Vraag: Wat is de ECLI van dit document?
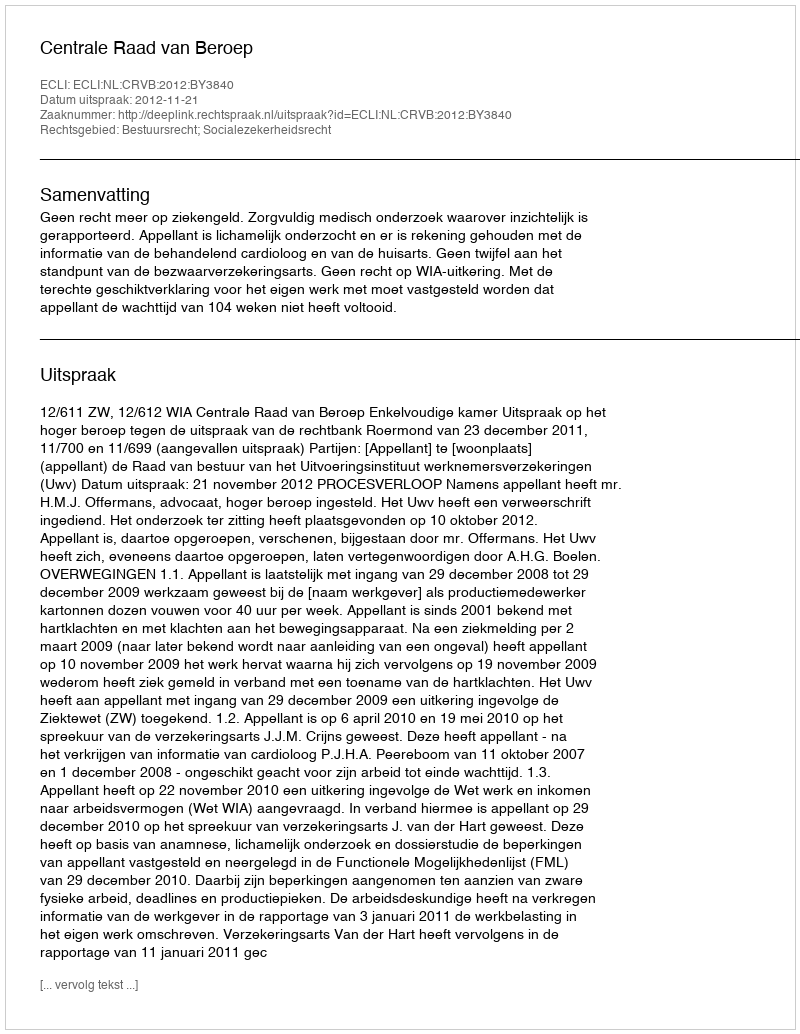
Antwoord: ECLI:NL:CRVB:2012:BY3840